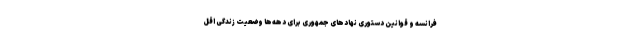
فرانسه و قوانین دستوری نهادهای جمهوری برای دهه‌ها وضعیت زندگی اقل